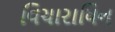
વિચારાધિન